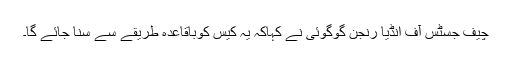
چیف جسٹس آف انڈیا رنجن گوگوئی نے کہاکہ یہ کیس کوباقاعدہ طریقے سے سنا جائے گا۔